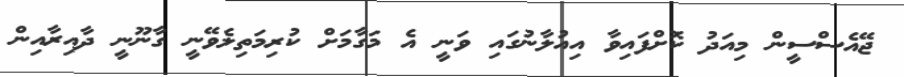
ޖޭއެސްސީން މިއަދު ކޮށްފައިވާ އިއުލާނުގައި ވަނީ އެ މަގާމަށް ކުރިމަތިލެވޭނީ ގާނޫނީ ދާއިރާއިން